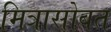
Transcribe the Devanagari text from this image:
मित्रासोबत